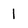
Character: 1